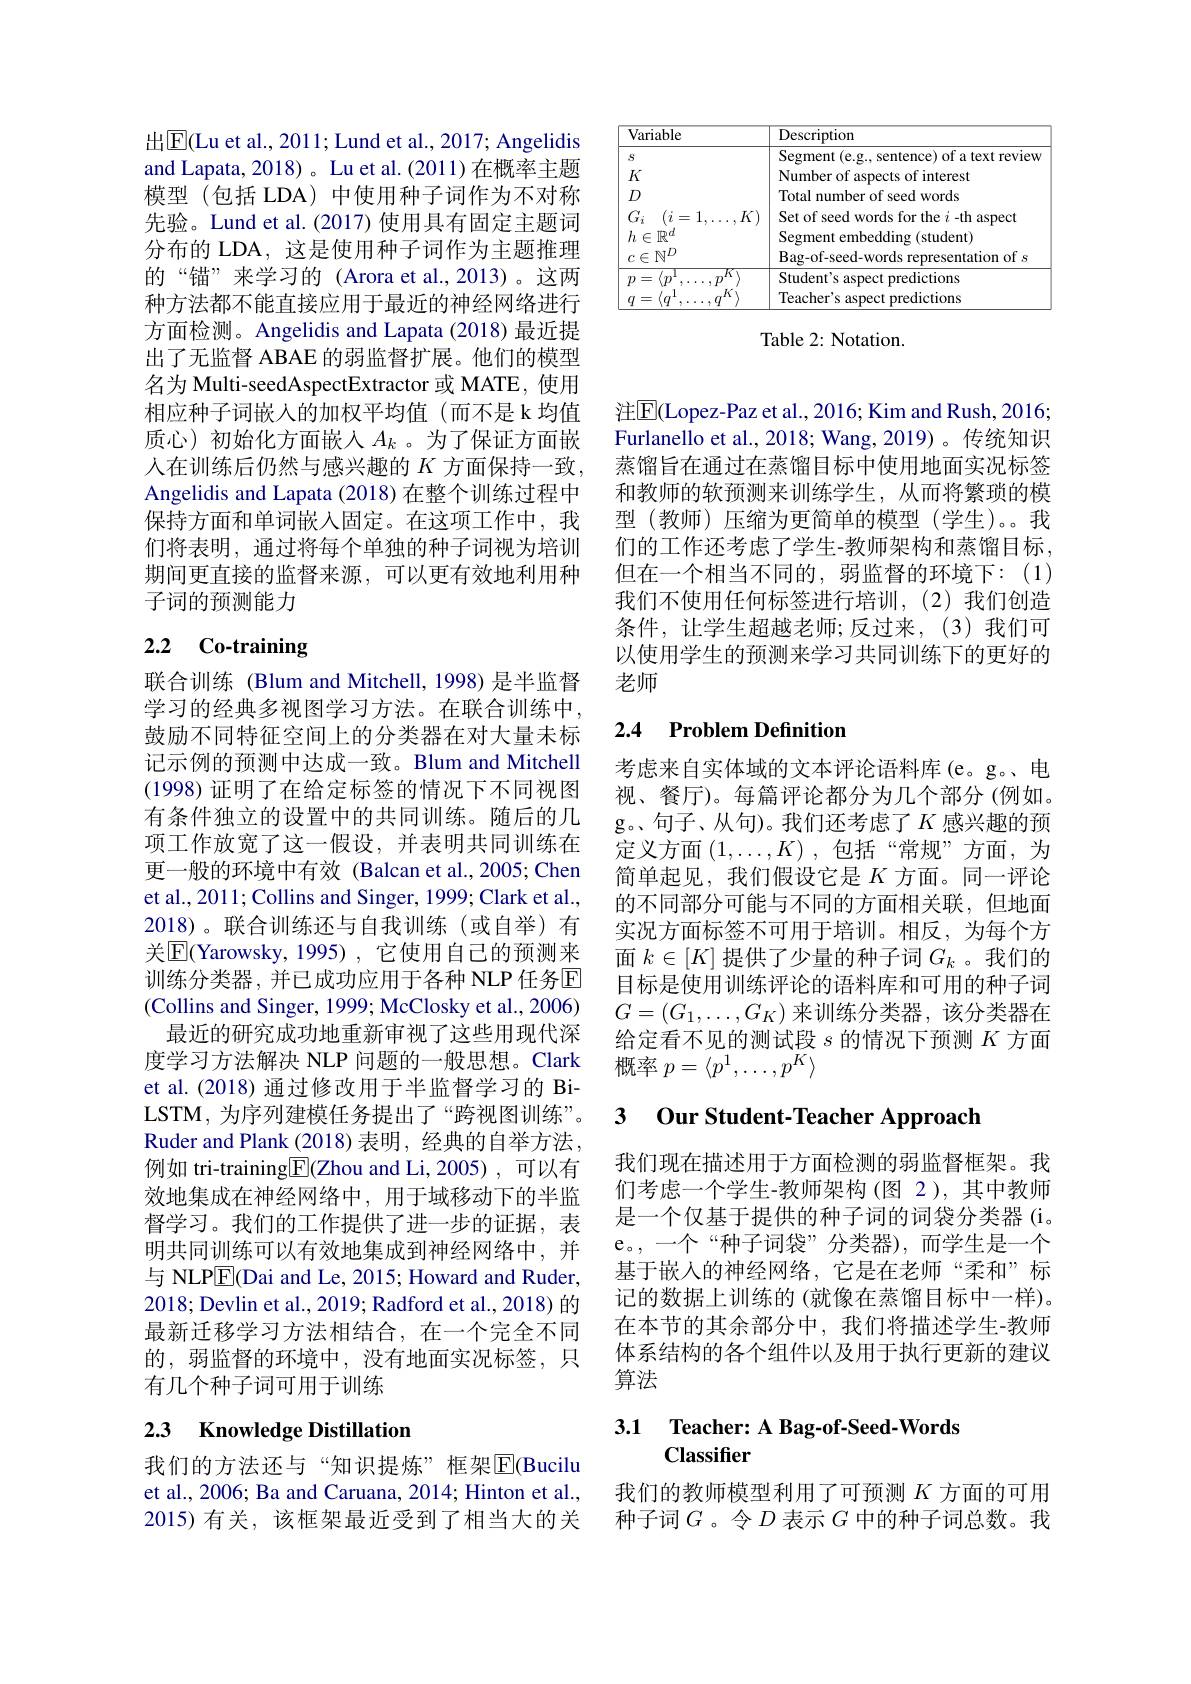
<table>
	<tbody>
		<tr>
			<th>Variable</th>
			<th>Description</th>
		</tr>
		<tr>
			<td>$S$</td>
			<td>Segment (e.g.. sentence) of a text review</td>
		</tr>
		<tr>
			<td>$K$</td>
			<td>Number of aspects of interest</td>
		</tr>
		<tr>
			<td>$D$</td>
			<td>Total number of seed words</td>
		</tr>
		<tr>
			<td>$p$ $k$ $q$</td>
			<td>Student's aspect predictions Teacher's aspect predictions</td>
		</tr>
		<tr>
			<td> </td>
			<td>Teacher's aspect predictions</td>
		</tr>
	</tbody>
</table>

Table 2: Notation.

出$\boxed{\mathrm{E}}($Lu et al., 2011; Lund et al., 2017; Angelidis and Lapata, 2018)。Lu et al.(2011)在概率主题模型(包括 LDA)中使用种子词作为不对称先验。Lund et al.(2017) 使用具有固定主题词分布的 LDA, 这是使用种子词作为主题推理的“锚”来学习的(Arora et al.,2013)。这两种方法都不能直接应用于最近的神经网络进行方面检测。Angelidis and Lapata (2018) 最近提出了无监督 ABAE 的弱监督扩展。他们的模型名为 Multi-seedAspectExtractor 或 MATE, 使用相应种子词嵌入的加权平均值(而不是 k 均值质心)初始化方面嵌入$A_k$。为了保证方面嵌人在训练后仍然与感兴趣的 $K$ 方面保持一致， Angelidis and Lapata (2018) 在整个训练过程中保持方面和单词嵌入固定。在这项工作中，我们将表明，通过将每个单独的种子词视为培训期间更直接的监督来源，可以更有效地利用种子词的预测能力

# 2.2 Co-training

联合训练 (Blum and Mitchell, 1998) 是半监督学习的经典多视图学习方法。在联合训练中， 鼓励不同特征空间上的分类器在对大量未标记示例的预测中达成一致。Blum and Mitchell (1998)证明了在给定标签的情况下不同视图有条件独立的设置中的共同训练。随后的几项工作放宽了这一假设，并表明共同训练在更一般的环境中有效 (Balcan et al.,2005; Chen et al., 201 1; Collins and Singer, 1999; Clark et al., 2018)。联合训练还与自我训练(或自举)有关$\boxed{\mathrm{E}}($Yarowsky,1995),它使用自己的预测来训练分类器，并已成功应用于各种 NLP 任务区(Collins and Singer, 1999; McClosky et al., 2006)
最近的研究成功地重新审视了这些用现代深度学习方法解决 NLP 问题的一般思想。Clark et al.(2018) 通过修改用于半监督学习的 BiLSTM,为序列建模任务提出了“跨视图训练”。Ruder and Plank (2018)表明，经典的自举方法， 例如 tri-training$\boxed{\mathrm{F}}($Zhou and Li,2005),可以有效地集成在神经网络中，用于域移动下的半监督学习。我们的工作提供了进一步的证据，表明共同训练可以有效地集成到神经网络中，并与 NLP$\overline{\mathrm{E}}($Dai and Le, 2015; Howard and Ruder, 2018; Devlin et al., 2019; Radford et al., 2018) 的最新迁移学习方法相结合，在一个完全不同的，弱监督的环境中，没有地面实况标签，只有几个种子词可用于训练

# 2.3 Knowledge Distillation

我们的方法还与“知识提炼”框架$\overline{\mathrm{E}}$(Bucilu et al., 2006; Ba and Caruana, 2014; Hinton et al., 2015)有关，该框架最近受到了相当大的关

注$\overline{\mathrm{E}}($Lopez-Paz et al., 2016; Kim and Rush, 2016; Furlanello et al., 2018; Wang, 2019) 。传统知识蒸馏旨在通过在蒸馏目标中使用地面实况标签和教师的软预测来训练学生，从而将繁琐的模型(教师)压缩为更简单的模型(学生)。我们的工作还考虑了学生-教师架构和蒸馏目标， 但在一个相当不同的，弱监督的环境下：(1) 我们不使用任何标签进行培训，(2)我们创造条件，让学生超越老师；反过来，(3)我们可以使用学生的预测来学习共同训练下的更好的老师

## 2.4 Problem Definition

考虑来自实体域的文本评论语料库(e。g。电视、餐厅)。每篇评论都分为几个部分(例如。g。、句子、从句)。我们还考虑了$K$ 感兴趣的预定义方面$(1,\ldots,K)$,包括“常规”方面，为简单起见，我们假设它是$K$方面。同一评论的不同部分可能与不同的方面相关联，但地面实况方面标签不可用于培训。相反，为每个方面$k\in[K]$提供了少量的种子词$G_k$ 。我们的目标是使用训练评论的语料库和可用的种子词$G=(G_1,\ldots,G_K)$来训练分类器，该分类器在给定看不见的测试段$s$的情况下预测$K$方面概率$p=\langle p^1,\ldots,p^K\rangle$

## 3 Our Student-Teacher Approach

我们现在描述用于方面检测的弱监督框架。我们考虑一个学生-教师架构(图 2),其中教师是一个仅基于提供的种子词的词袋分类器(i。e。,一个“种子词袋”分类器),而学生是一个基于嵌入的神经网络，它是在老师“柔和”标记的数据上训练的 (就像在蒸馏目标中一样)。在本节的其余部分中，我们将描述学生-教师体系结构的各个组件以及用于执行更新的建议算法

## 3.1 Teacher: A Bag-of-Seed-Words Classifier

我们的教师模型利用了可预测$K$方面的可用种子词$G$ 。令$D$表示$G$中的种子词总数。我